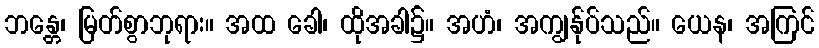
ဘန္တေ၊ မြတ်စွာဘုရား။ အထ ခေါ၊ ထိုအခါ၌။ အဟံ၊ အကျွန်ုပ်သည်။ ယေန၊ အကြင်